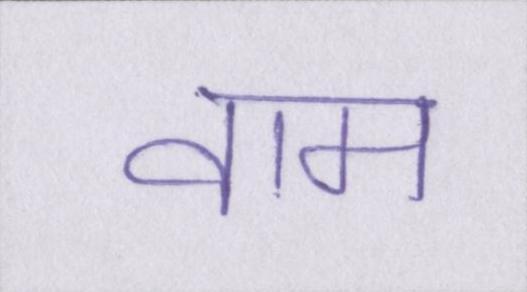
वाम